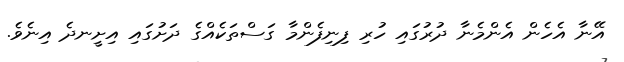
އޭނާ އެހެން އެންމެނާ ދުރުގައި ހުރި ފިނިފެންމާ ގަސްތަކެއްގެ ދަށުގައި އިށީނދެ އިނެވެ.